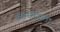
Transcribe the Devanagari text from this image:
प्रस्तरखंडाला